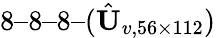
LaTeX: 8–8–8–(\hat{\textit{\textbf{U}}}_{v,56\times 112})